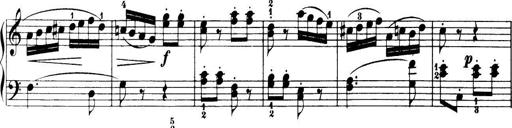
Title: 32 Sonatinas and Rondos for the Piano
Composer: Richard Kleinmichel